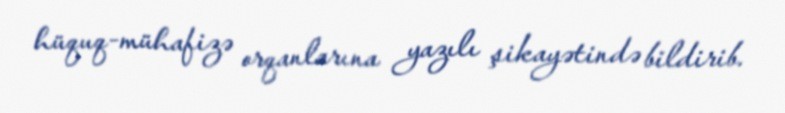
hüquq-mühafizə orqanlarına yazılı şikayətində bildirib.